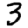
Digit: 3